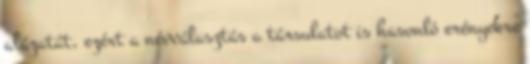
alázatát, ezért a névválasztás a társulatot is hasonló erényekre